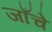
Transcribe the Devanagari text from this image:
जाँचे